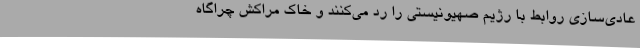
عادی‌سازی روابط با رژیم صهیونیستی را رد می‌کنند و خاک مراکش چراگاه